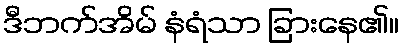
ဒီဘက်အိမ် နံရံသာ ခြားနေ၏။